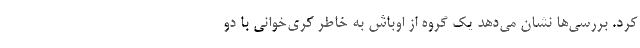
کرد. بررسی‌ها نشان می‌دهد یک گروه از اوباش به خاطر کری‌خوانی با دو